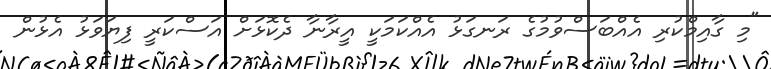
"މި ގާއިމްކުރި އެއްބަސްވުމުގެ ރަނގަޅު އެއްކަމަކީ އީރާނާ ދެކޮޅަށް އަސްކަރީ ފިޔަވަޅު އެޅުން